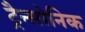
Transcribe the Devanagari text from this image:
ट्रैन्सोनिक